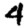
Digit: 4